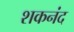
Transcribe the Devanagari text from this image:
शकनंद